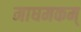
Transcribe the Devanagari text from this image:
माघमकम्